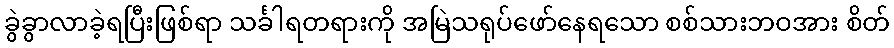
ခွဲခွာလာခဲ့ရပြီးဖြစ်ရာ သင်္ခါရတရားကို အမြဲသရုပ်ဖော်နေရသော စစ်သားဘဝအား စိတ်